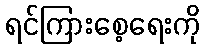
ရင်ကြားစေ့ရေးကို